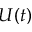
U ( t )